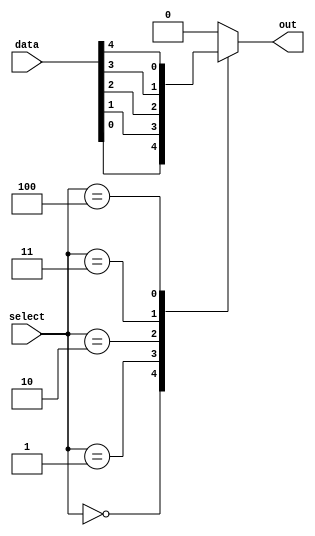
module mux_64to1 (
    input [63:0] data,
    input [5:0] select,
    output reg out
);

always @* begin
    case (select)
        6'b000000: out = data[0];
        6'b000001: out = data[1];
        6'b000010: out = data[2];
        6'b000011: out = data[3];
        6'b000100: out = data[4];
        // continue until 6'b111111 for all 64 inputs
        default: out = 0;
    endcase
end

endmodule